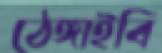
ঠেঙ্গাইবি